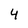
Character: 4